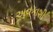
અવકાશી